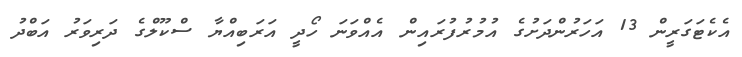
އެކެޓަގަރީން 13 އަހަރުންދަށުގެ އުމުރުފުރައިން އެއްވަނަ ހޯދީ އަރަބިއްޔާ ސްކޫލްގެ ދަރިވަރު އަބްދު